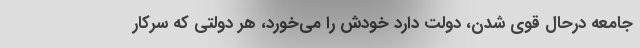
جامعه درحال قوی شدن، دولت دارد خودش را می‌خورد، هر دولتی که سرکار